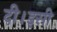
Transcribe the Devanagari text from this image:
दी।इसी